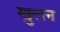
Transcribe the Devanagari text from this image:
खुलन